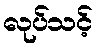
လုပ်သင့်